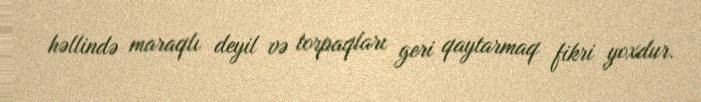
həllində maraqlı deyil və torpaqları geri qaytarmaq fikri yoxdur.